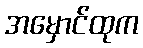
အမှောင်ထုက